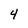
Character: 4